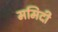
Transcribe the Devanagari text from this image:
ममिदी